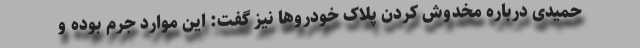
حمیدی درباره مخدوش کردن پلاک خودروها نیز گفت: این موارد جرم بوده و